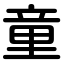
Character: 童